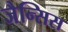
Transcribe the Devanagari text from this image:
जैन्सिस